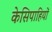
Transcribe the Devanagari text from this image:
केसिपाहियों